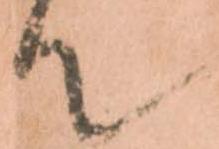
て